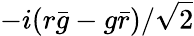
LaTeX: -i(r{\bar{g}}-g{\bar{r}})/{\sqrt{2}}